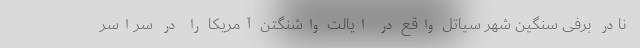
نادر برفی سنگین شهر سیاتل واقع در ایالت واشنگتن آمریکا را در سراسر